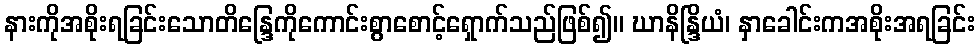
နားကိုအစိုးရခြင်းသောတိန္ဒြေကိုကောင်းစွာစောင့်ရှောက်သည်ဖြစ်၍။ ဃာနိန္ဒြိယံ၊ နှာခေါင်းကအစိုးအရခြင်း